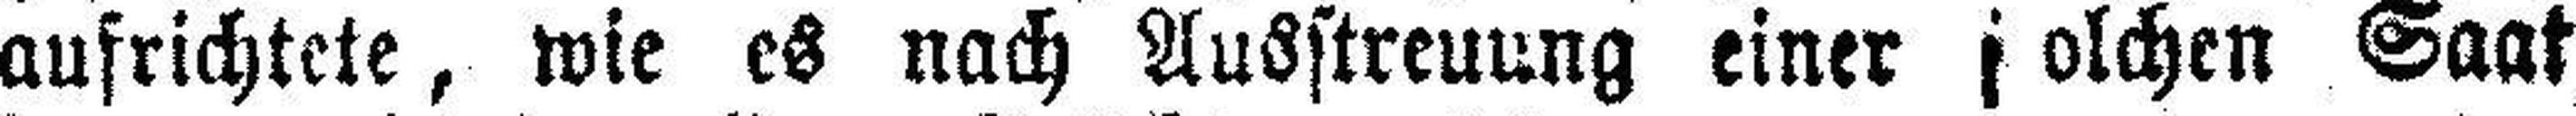
aufrichtete, wie es nach Ausstreuung einer solchen Saat